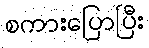
စကားပြောပြီး